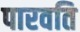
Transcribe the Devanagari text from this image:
पारवति